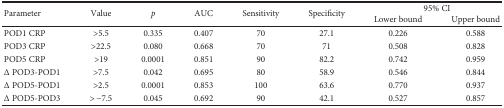
| <ROWSPAN=2> Parameter | <ROWSPAN=2> Value | <ROWSPAN=2> p | <ROWSPAN=2> AUC | <ROWSPAN=2> Sensitivity | <ROWSPAN=2> Specificity | <COLSPAN=2> 95% CI |
 | Lower bound | Upper bound |
 | --- | --- | --- | --- | --- | --- | --- | --- |
 | POD1 CRP | >5.5 | 0.335 | 0.407 | 70 | 27.1 | 0.226 | 0.588 |
 | POD3 CRP | >22.5 | 0.080 | 0.668 | 70 | 71 | 0.508 | 0.828 |
 | POD5 CRP | >19 | 0.0001 | 0.851 | 90 | 82.2 | 0.742 | 0.959 |
 | Δ POD3-POD1 | >7.5 | 0.042 | 0.695 | 80 | 58.9 | 0.546 | 0.844 |
 | Δ POD5-POD1 | >2.5 | 0.0001 | 0.853 | 100 | 63.6 | 0.770 | 0.937 |
 | Δ POD5-POD3 | > −7.5 | 0.045 | 0.692 | 90 | 42.1 | 0.527 | 0.857 |